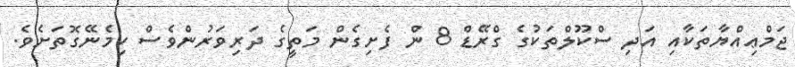
ޖަމްޢިއްޔާތަކާއި އަދި ސްކޫލްތަކުގެ ގްރޭޑް 8 ން ފެށިގެން މަތީގެ ދަރިވަރުންވެސް ހިމެނޭގޮތަށެވެ.